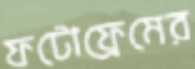
ফটোফ্রেমের